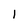
Character: 1